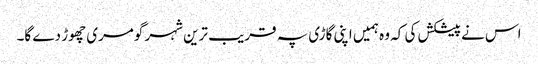
اس نے پیشکش کی کہ وہ ہمیں اپنی گاڑی پہ قریب ترین شہر گومری چھوڑ دے گا۔